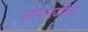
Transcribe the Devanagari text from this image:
ओपनजीता